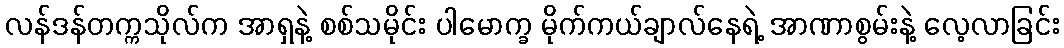
လန်ဒန်တက္ကသိုလ်က အာရှနဲ့ စစ်သမိုင်း ပါမောက္ခ မိုက်ကယ်ချာလ်နေရဲ့ အာဏာစွမ်းနဲ့ လေ့လာခြင်း